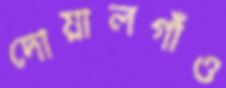
দোয়ালগাঁও